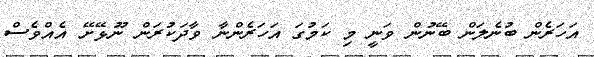
އަހަރެން ބުނެލަން ބޭނުން ވަނީ މި ކަމުގަ އަހަރެންނާ ވާދަކުރަން ނޫޅޭށޭ އެއްވެސް